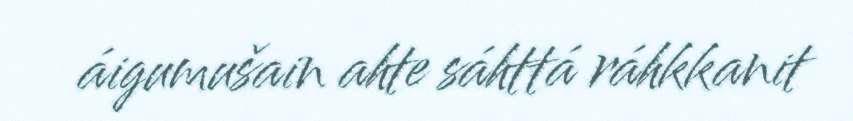
áigumušain ahte sáhttá ráhkkanit